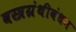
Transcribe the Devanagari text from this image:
वस्त्रग्रंथीबंधन